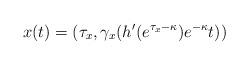
LaTeX: \begin{align*}x(t) = (\tau_x, \gamma_x(h'(e^{\tau_x-\kappa})e^{-\kappa}t)) \end{align*}